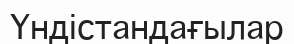
Үндістандағылар